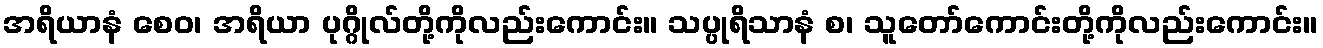
အရိယာနံ စေဝ၊ အရိယာ ပုဂ္ဂိုလ်တို့ကိုလည်းကောင်း။ သပ္ပုရိသာနံ စ၊ သူတော်ကောင်းတို့ကိုလည်းကောင်း။